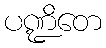
ပဏ္ဍိတေ